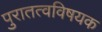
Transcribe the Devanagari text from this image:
पुरातत्वविषयक